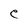
Character: e